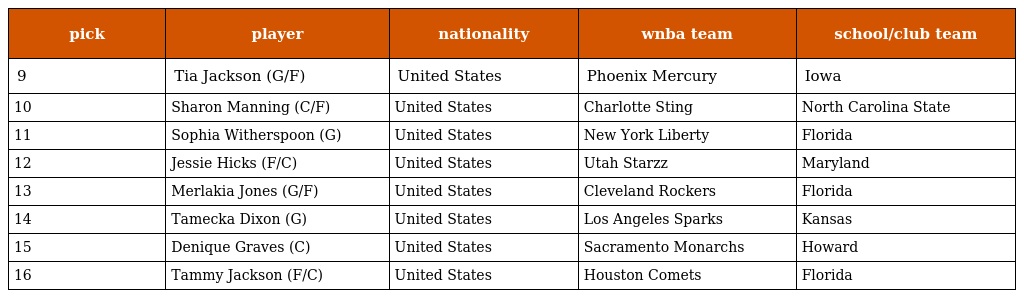
| pick | player | nationality | wnba team | school/club team |
 | --- | --- | --- | --- | --- |
 | 9 | Tia Jackson (G/F) | United States | Phoenix Mercury | Iowa |
 | 10 | Sharon Manning (C/F) | United States | Charlotte Sting | North Carolina State |
 | 11 | Sophia Witherspoon (G) | United States | New York Liberty | Florida |
 | 12 | Jessie Hicks (F/C) | United States | Utah Starzz | Maryland |
 | 13 | Merlakia Jones (G/F) | United States | Cleveland Rockers | Florida |
 | 14 | Tamecka Dixon (G) | United States | Los Angeles Sparks | Kansas |
 | 15 | Denique Graves (C) | United States | Sacramento Monarchs | Howard |
 | 16 | Tammy Jackson (F/C) | United States | Houston Comets | Florida |